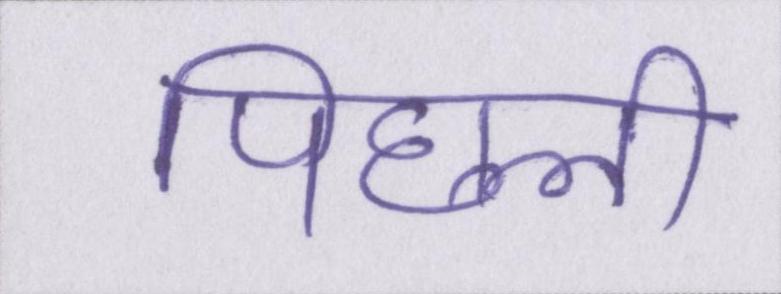
पिछली